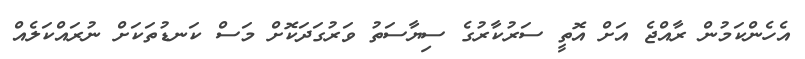
އެހެންކަމުން ރާއްޖެ އަށް އޮތީ ސަރުކާރުގެ ސިޔާސަތު ވަރުގަދަކޮށް މަސް ކަނޑުތަކަށް ނުރައްކަލެއް